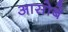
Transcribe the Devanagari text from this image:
आसोबे